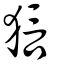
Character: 狺